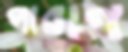
পারাণ